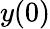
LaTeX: y(0)